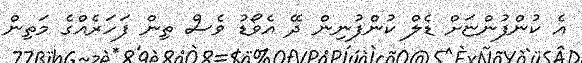
އެ ކުންފުންޏަށް ޑެލް ކުންފުނިން ދޭ އެވޯޑު ވެސް ތިން ފަހަރެއްގެ މަތިން